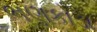
ભણકોડા